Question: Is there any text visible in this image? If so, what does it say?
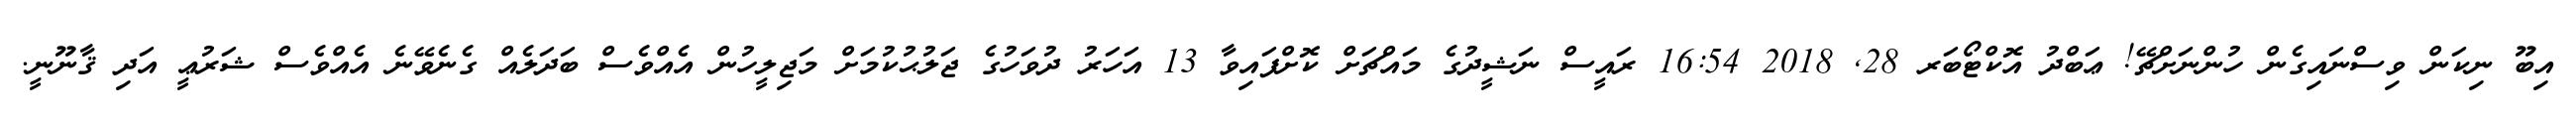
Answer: އިބޫ ނިކަން ވިސްނައިގެން ހުންނަށްޗޭ! ޢަބްދު އޮކްޓޯބަރ 28, 2018 16:54 ރައީސް ނަޝީދުގެ މައްޗަށް ކޮށްފައިވާ 13 އަހަރު ދުވަހުގެ ޖަލުޙުކުމަށް މަޖިލީހުން އެއްވެސް ބަދަލެއް ގެނެވޭނެ އެއްވެސް ޝަރުޢީ އަދި ޤާނޫނީ.